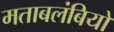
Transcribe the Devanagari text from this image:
मताबलंबियों